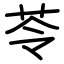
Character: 苓